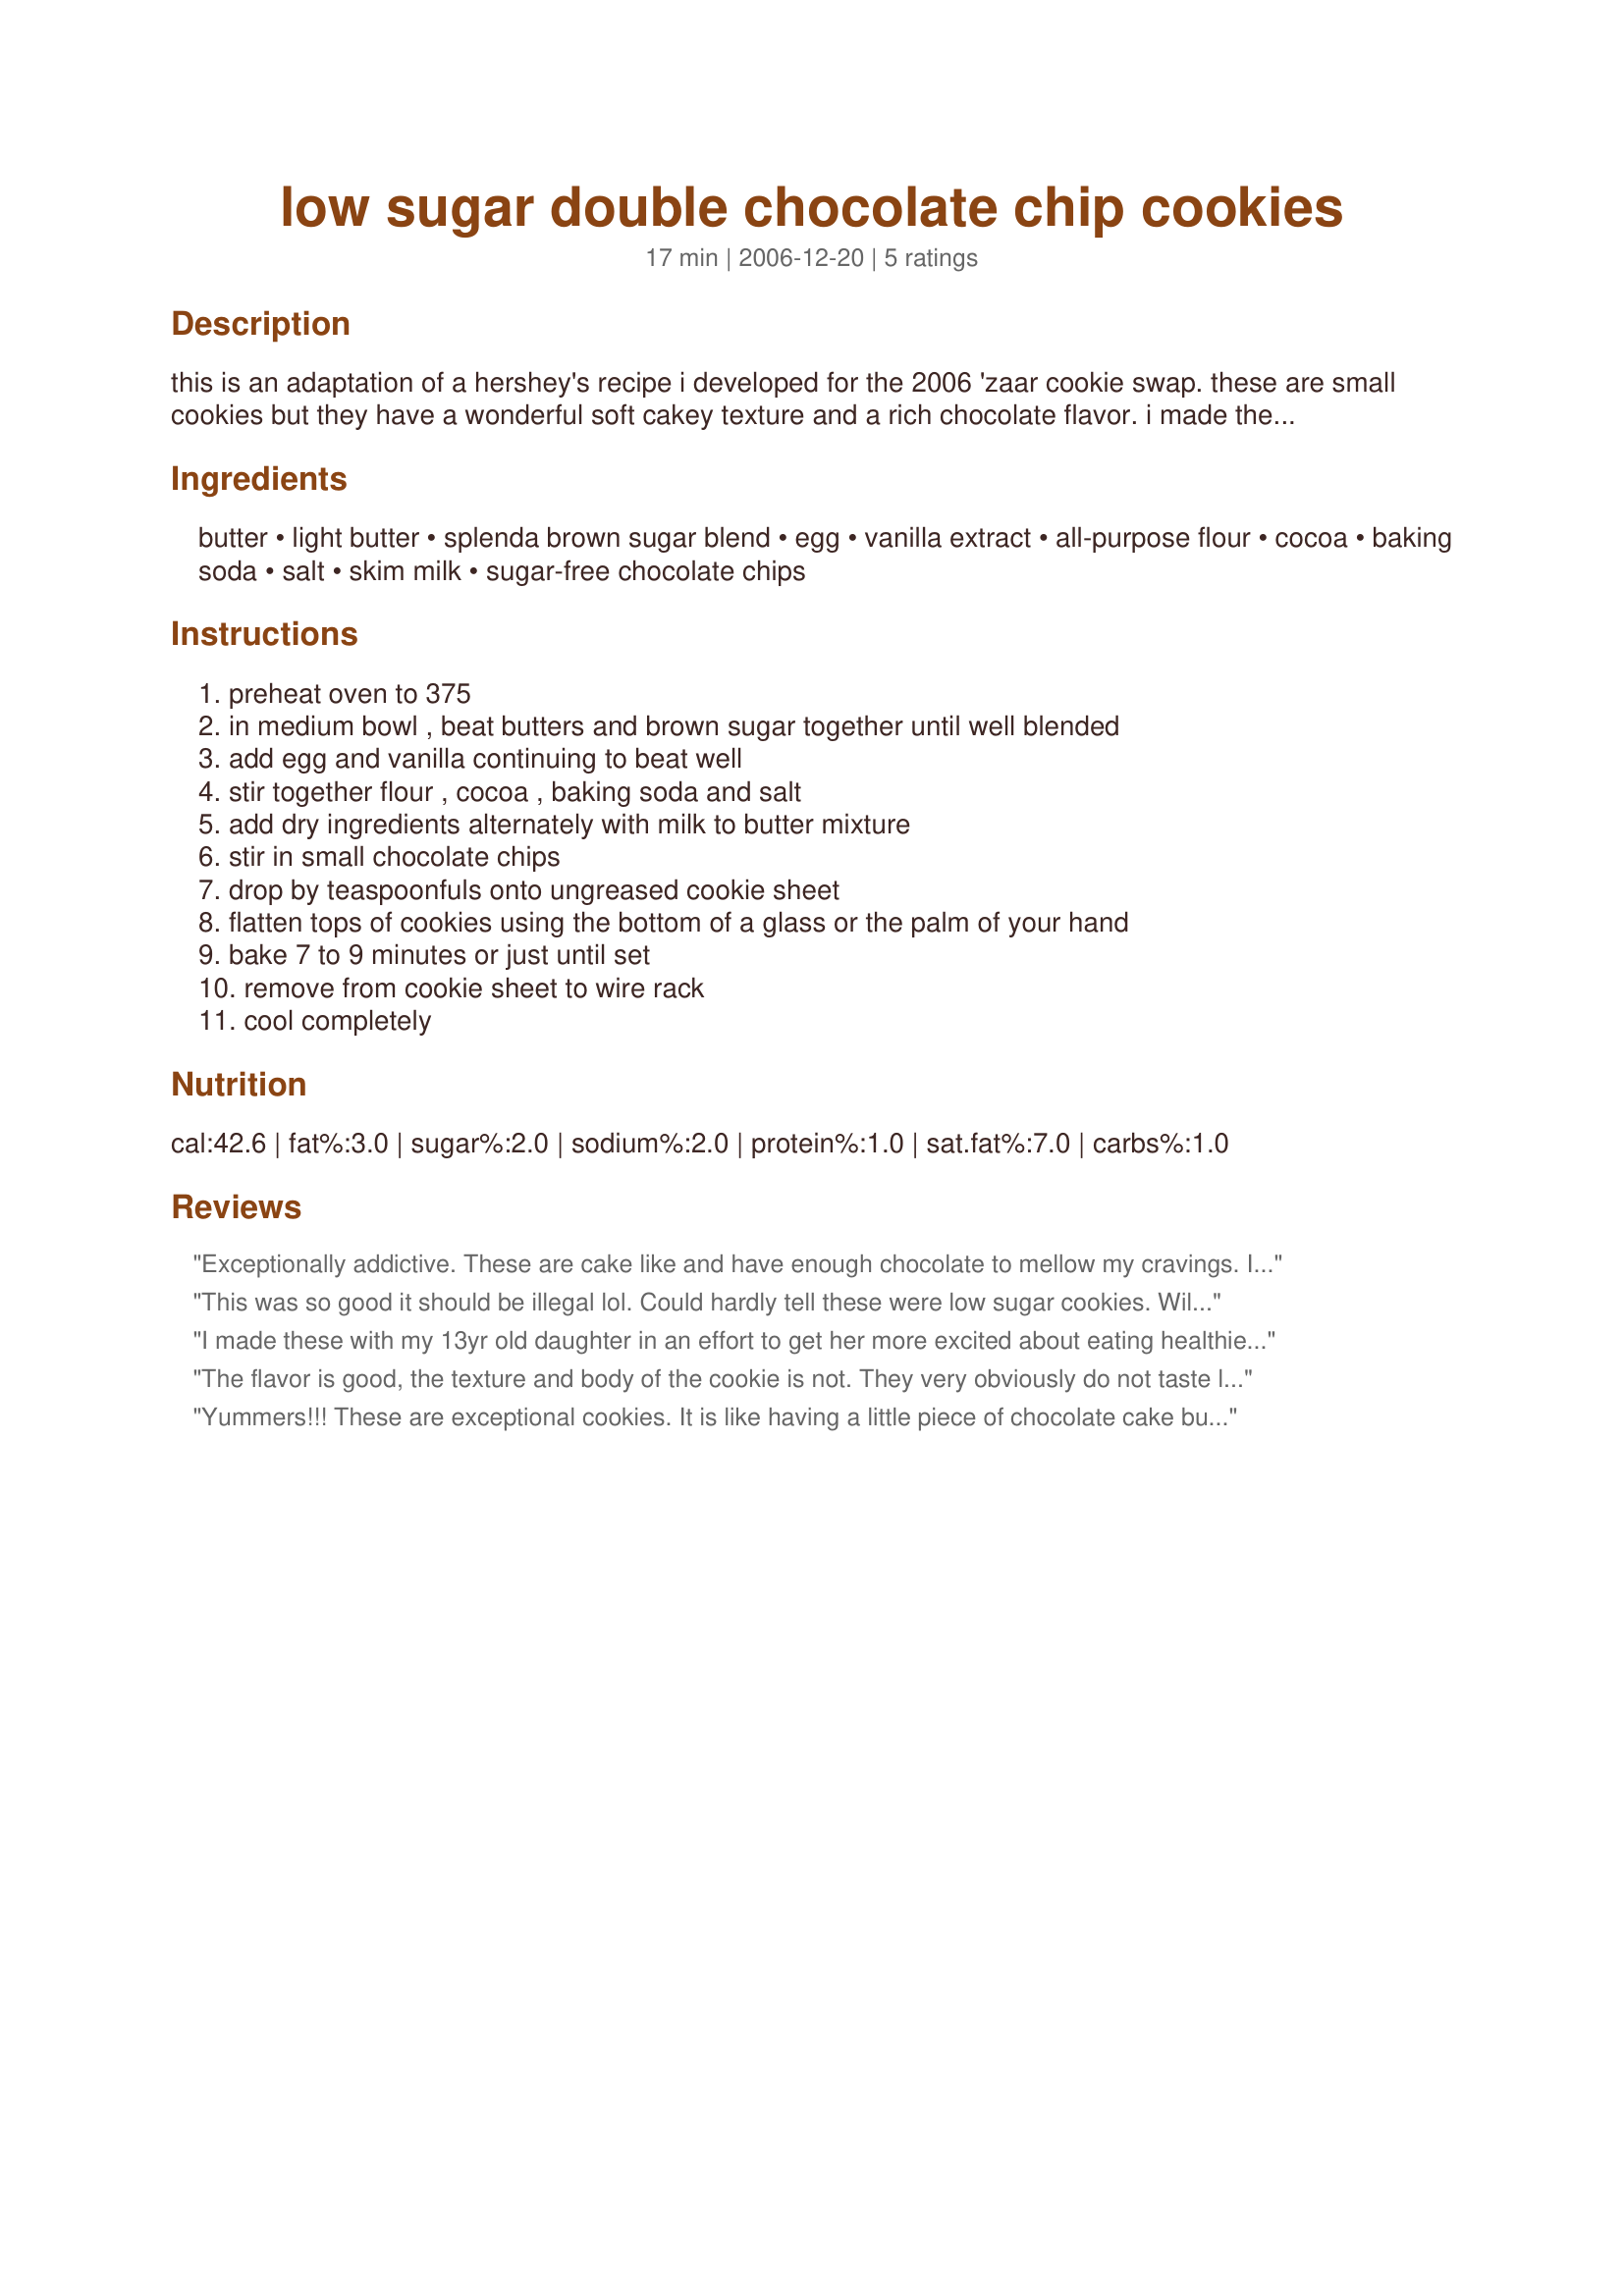
low sugar double chocolate chip cookies
Preparation time: 17 minutes

this is an adaptation of a hershey's recipe i developed for the 2006 'zaar cookie swap. these are small cookies but they have a wonderful soft cakey texture and a rich chocolate flavor. i made them with a 1 tablespoon cookie scoop and got 26 cookies. stick with measuring out a teaspoon or so of dough and you should get the full three dozn. they do get dry after a few days, much more so than a typical cake cookie. my advice, share them and enjoy.

Ingredients:
butter, light butter, splenda brown sugar blend, egg, vanilla extract, all-purpose flour, cocoa, baking soda, salt, skim milk, sugar-free chocolate chips

Steps:
preheat oven to 375, in medium bowl , beat butters and brown sugar together until well blended, add egg and vanilla continuing to beat well, stir together flour , cocoa , baking soda and salt, add dry ingredients alternately with milk to butter mixture, stir in small chocolate chips, drop by teaspoonfuls onto ungreased cookie sheet, flatten tops of cookies using the bottom of a glass or the palm of your hand, bake 7 to 9 minutes or just until set, remove from cookie sheet to wire rack, cool completely

Reviews:
Exceptionally addictive. These are cake like and have enough chocolate to mellow my cravings. I, being a sweet tooth, didn't substitute the sugar or butters-the fatter the better I say. I like to apply a yummy cookie frosting to the tops. Now that I have Agave sweetener I will try it in place of the brown sugar.
This was so good it should be illegal lol. Could hardly tell these were low sugar cookies. Will be adding this to my list of favorites so i can make them over and over again. Thanks.
I made these with my 13yr old daughter in an effort to get her more excited about eating healthier. They were quite good, reminded us very much of a Snackwell's Devil's Food cookie. We used a 50/50 wheat/white flour blend because that's what we had. Definitely made the texture a bit grittier but I didn't mind since it reminded me as I ate one that these were HEALTHY-ish cookies so I didn't have to feel bad. I couldn't find sugar-free chocolate chips so I used a dark chocolate bar made with Splenda which I found in the diabetic section of my grocery store. One 3oz bar equaled exactly 1/2 cup. The dough was a bit sticky and hard to flatten so I chilled it between batches and that helped a lot. I made just under 3 dozen but we had sneaked a bit of batter to taste and that's why we were short cookie or two. Quick tip about keeping them soft...if you store a piece of loaf bread with your cookies, it will harden instead your cookies. I have no clue as to the science behind this, but it does work! Thanks for posting!
The flavor is good, the texture and body of the cookie is not. They very obviously do not taste like regular cookies. I was surprised that mine seemed a bit grainy; I did use brown sugar not Splenda.
Yummers!!! These are exceptional cookies. It is like having a little piece of chocolate cake but better!! So moist and flavorful! These gems pack a punch of goodness! DS loved them with a glass of milk too! Just a hint - remove them from the baking sheet within a minute and you'll have no problems... but wait too long and they stick a little. Received 28 cookies using a small cookie scoop. Thanks Toni! Made to celebrate the Summer Spectacular Event in the cooking tag games forum July 2009.
